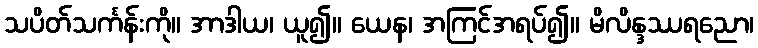
သပိတ်သင်္ကန်းကို။ အာဒါယ၊ ယူ၍။ ယေန၊ အကြင်အရပ်၍။ မိလိန္ဒဿရညော၊